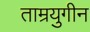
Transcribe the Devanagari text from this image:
ताम्रयुगीन